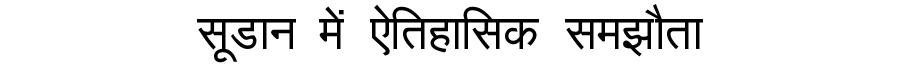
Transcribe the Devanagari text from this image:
सूडान में ऐतिहासिक समझौता